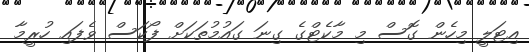
އިޓަލީ މިހެން ގޮސް މި މާކެޓްގެ ގިނަ ގައުމުތަކަށް ފޯކަސް ވެފައި ހުރީމާ